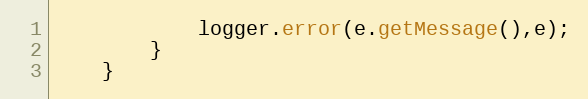
Language: Java
			logger.error(e.getMessage(),e);
		}
	}